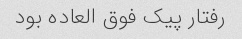
رفتار پیک فوق العاده بود